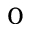
_ 0